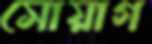
সোয়াগ